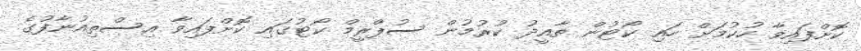
ކޮށްފައިވާ ހުކުމަށް ހައި ކޯޓުން ތާއީދު ކުރުމުން ސުޕްރީމް ކޯޓުގައި ކޮށްފައިވާ އިސްތިއުނާފުގެ